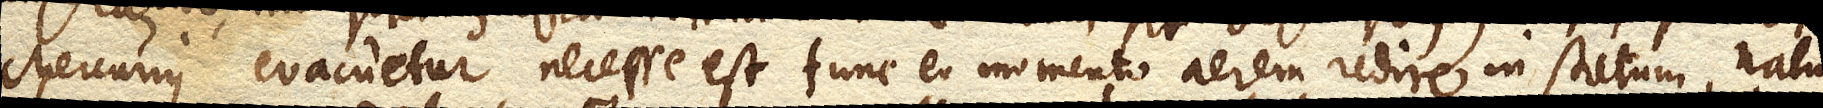
Mercurius evacuetur, necesse est tunc eo momento aerem redire in statum natura–